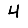
Digit: 4